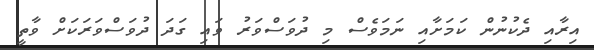
އިރާއި ދެކުނުން ކަމަށާއި ނަމަވެސް މި ދުވަސްވަރު ވައި ގަދަ ދުވަސްވަރަކަށް ވާތީ